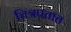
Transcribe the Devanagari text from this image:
चित्रपतात